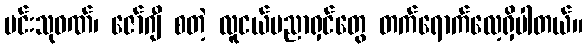
မင်းသုဝဏ်၊ ဇော်ဂျီ စတဲ့ လူငယ်ပညာရှင်တွေ တက်ရောက်လေ့ရှိပါတယ်။